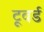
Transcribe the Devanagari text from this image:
टूवर्ड